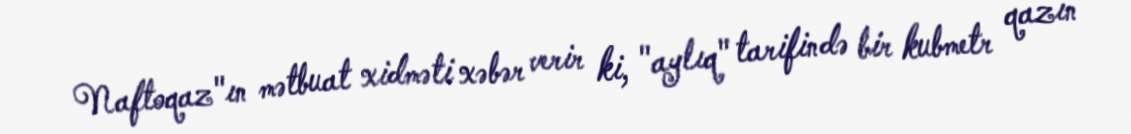
Naftoqaz"ın mətbuat xidməti xəbər verir ki, "aylıq" tarifində bir kubmetr qazın